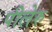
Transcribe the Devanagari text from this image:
पीलेरु